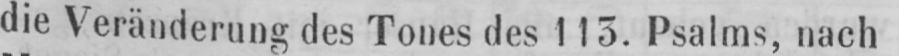
die Veränderung des Tones des I13. Psalms, nach